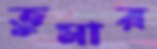
তুমার